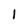
Character: I